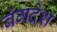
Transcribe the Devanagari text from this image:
वंगदेश